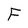
Character: F